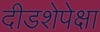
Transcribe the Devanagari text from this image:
दीडशेपेक्षा